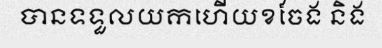
បានទទួលយកហើយខចែង និង